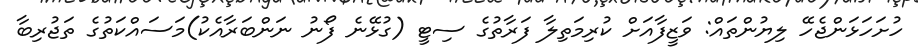
ހުށަހަޅަންޖެހޭ ލިޔުންތައް: ވަޒީފާއަށް ކުރިމަތިލާ ފަރާތުގެ ސިޓީ (ގުޅޭނެ ފޯނު ނަންބަރާއެކު)މަސައްކަތުގެ ތަޖުރިބާ